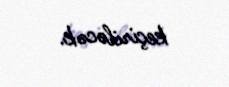
keçiriləcək.